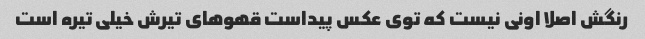
رنگش اصلا اونی نیست که توی عکس پیداست قهوهای تیرش خیلی تیره است